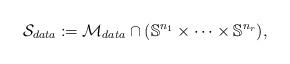
LaTeX: \begin{align*}\mathcal{S}_{data}:=\mathcal{M}_{data} \cap (\mathbb{S}^{n_{1}} \times \cdots \times \mathbb{S}^{n_{r}}),\end{align*}